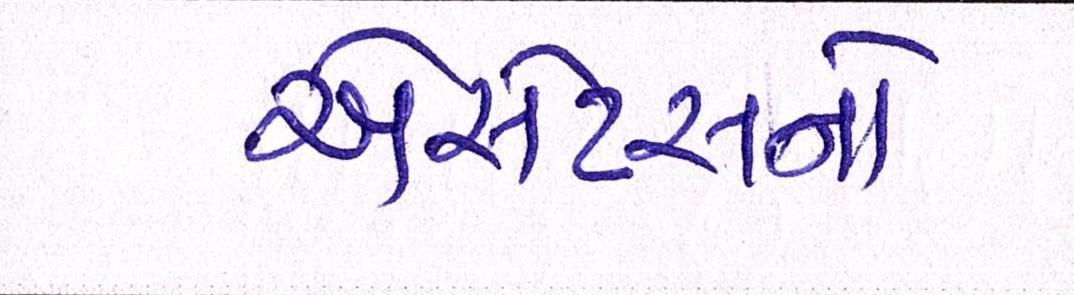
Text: એસેટસનો